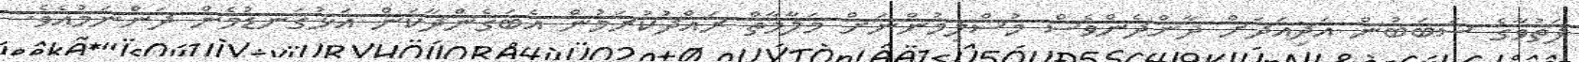
ފަތުވާގެ ސަބަބުން އަދިއަދަށް ދާންދެންވެސް މުސްލިމުންނަށް މަލާމާތް ރައްދުކުރަމުން އެބަގެންދާކަން އަޅުގަނޑުމެން ދަންނަމުއެވެ.